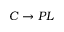
C \rightarrow P L